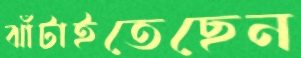
ঝাঁটাইতেছেন